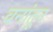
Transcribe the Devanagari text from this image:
वनांतून